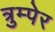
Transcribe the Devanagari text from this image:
त्रुम्पेर